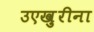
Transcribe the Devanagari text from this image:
उएख़ुरीना